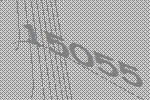
15055